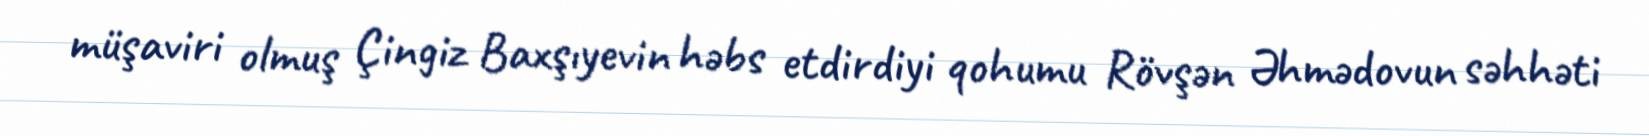
müşaviri olmuş Çingiz Baxşıyevin həbs etdirdiyi qohumu Rövşən Əhmədovun səhhəti